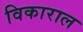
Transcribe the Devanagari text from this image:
विकाराल